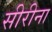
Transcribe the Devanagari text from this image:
सीरीना